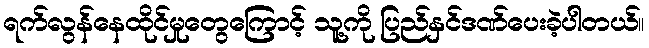
ရက်လွန်နေထိုင်မှုတွေကြောင့် သူ့ကို ပြည်နှင်ဒဏ်ပေးခဲ့ပါတယ်။